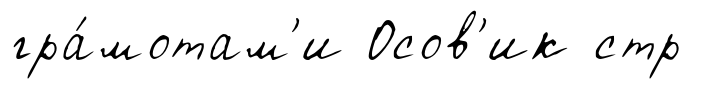
гра́мотам'и Осов'ик стр